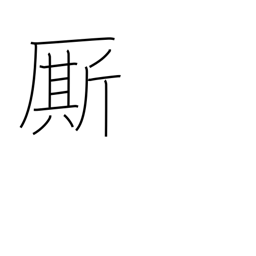
Meaning: follower